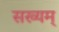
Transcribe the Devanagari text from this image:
सख्यम्